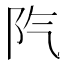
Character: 𨸛